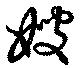
嫂